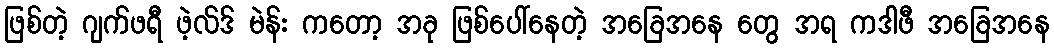
ဖြစ်တဲ့ ဂျက်ဖရီ ဖဲ့လ်ဒ် မဲန်း ကတော့ အခု ဖြစ်ပေါ်နေတဲ့ အခြေအနေ တွေ အရ ကဒါဖီ အခြေအနေ